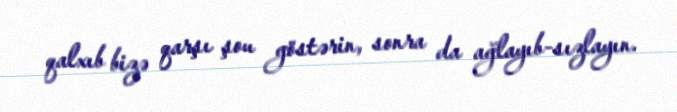
qalxıb bizə qarşı şou göstərin, sonra da ağlayıb-sızlayın.